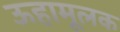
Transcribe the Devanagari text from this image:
ऊहामूलक